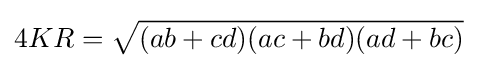
4KR={\sqrt {(ab+cd)(ac+bd)(ad+bc)}}